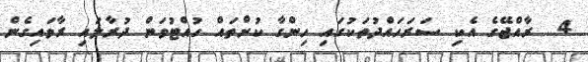
4  ރާއްޖޭގެ އެކި ސަރަހައްދުތަކުގައި ހިންގާ ކުށްތައް ހުއްޓުވަން ދުރާލައި ރާވައިގެން